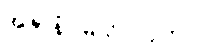
အဇာနံ၊ မသိပဲလျက်။